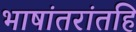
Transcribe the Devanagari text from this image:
भाषांतरांतहि